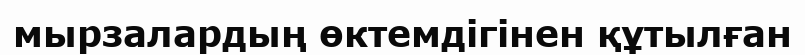
мырзалардың өктемдігінен құтылған